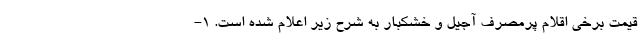
قیمت برخی اقلام پرمصرف آجیل و خشکبار به شرح زیر اعلام شده است. 1-